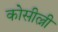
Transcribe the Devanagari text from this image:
कोसील्नी